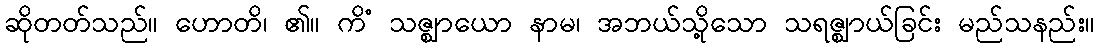
ဆိုတတ်သည်။ ဟောတိ၊ ၏။ ကိံ သဇ္ဈာယော နာမ၊ အဘယ်သို့သော သရဇ္ဈာယ်ခြင်း မည်သနည်း။